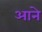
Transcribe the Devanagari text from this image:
अाने